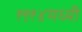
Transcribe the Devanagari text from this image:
१९१४मध्यी